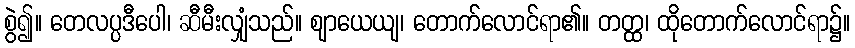
စွဲ၍။ တေလပ္ပဒီပေါ၊ ဆီမီးလျှံသည်။ ဈာယေယျ၊ တောက်လောင်ရာ၏။ တတ္ထ၊ ထိုတောက်လောင်ရာ၌။